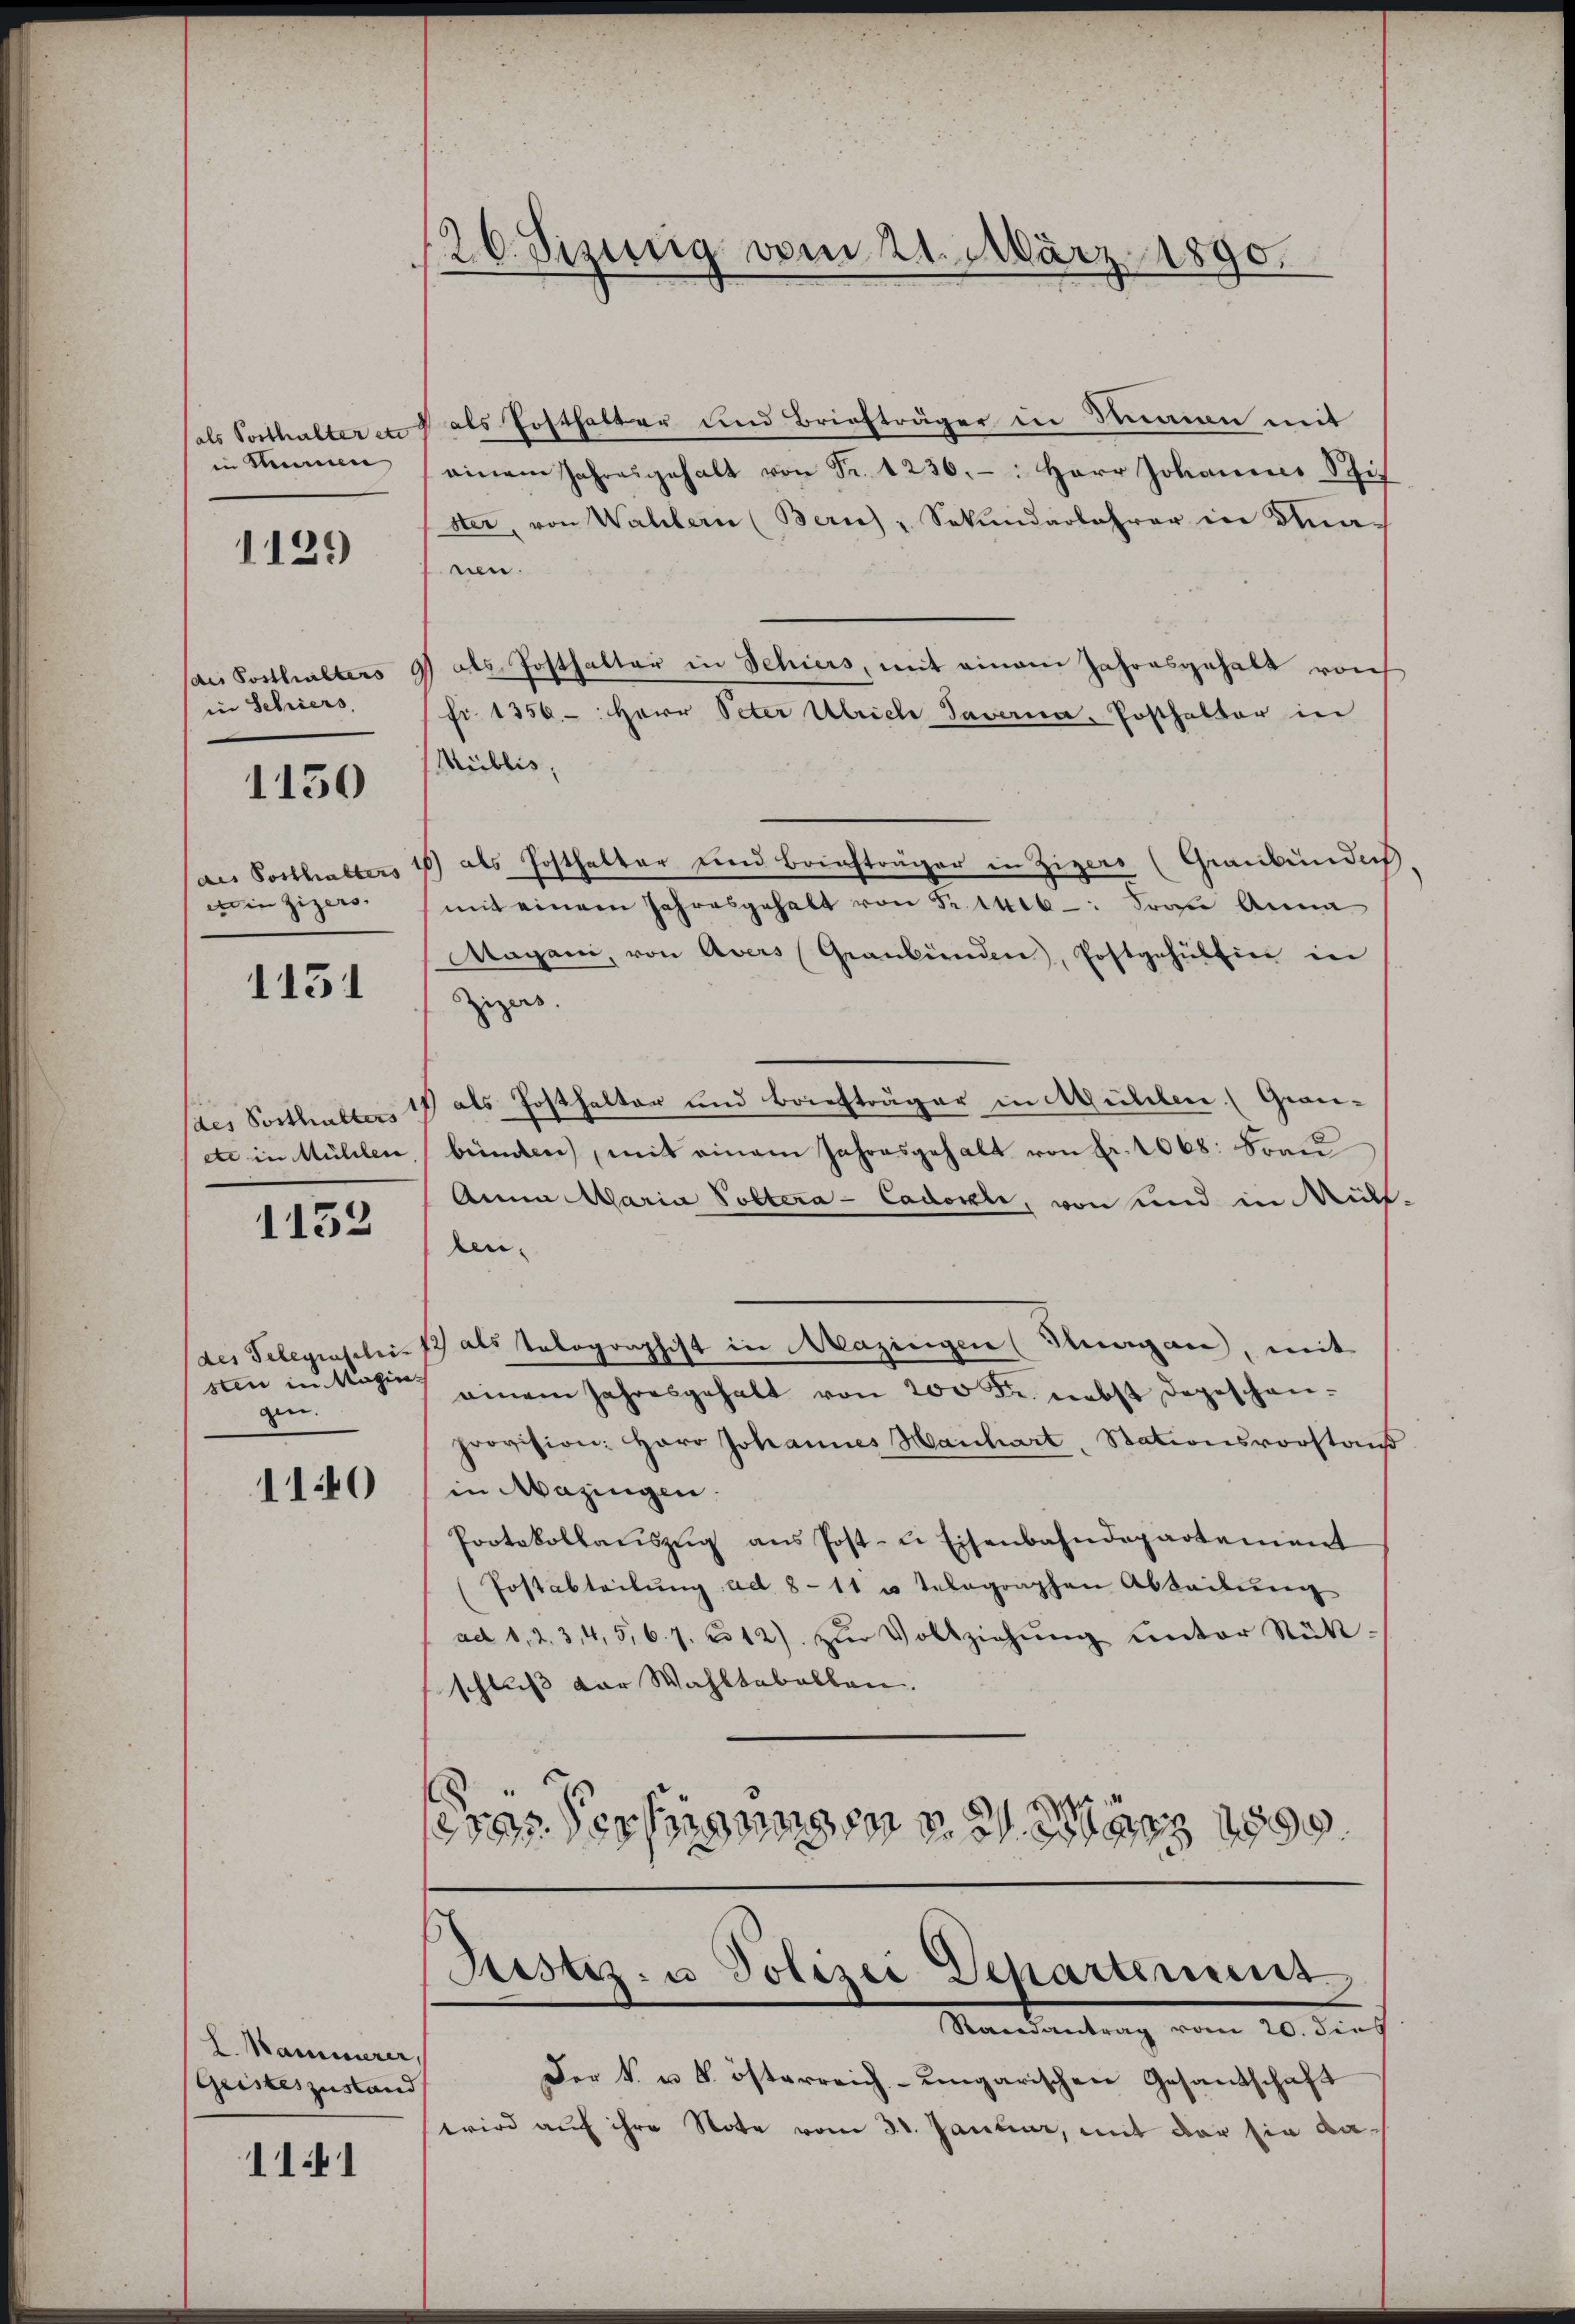
als Vorthalter en
in Sumen

1129

dis Posthalters
in Schiers,

1150

des Posthalters
einzigers.

1151

des Posthalters
etc in Mühlen

1152

sten in Magigen.

1140

L. Kammerer,
Geisteszustand

111

/26. Sizierig vom 21. März 1890.

als Posthalter und Briefträger in Simon mit
einem Jahresgehalt von Fr. 1236. -: Herr Johannes Stif
ster, von Wahlern (Bern) "Sekŭndarlehrer in Sanen.
4 als Posthalter in Schiers, mit einem Jahresgehalt vorh
fr. 1356- Herr Peter Ulrich Savaria Posthalter in
Miiblis,
) als Posthalter und Briefträger in Zizers (Graubünde
mit einem Jahresgehalt von Sr. Maib-: Frau Anna
Aagani, von Avers Graubünden, Postgehülfen in
Zizers.
1 als Posthalter und Briefträger in Mühlen (Granibünden, mit einem Jahresgehalt von Fr. 1068: Frau
Anna Maria Poltera-Cadokli, von und in Müh-
ten.
des Telegrasilii 17 als Telegraphist in Mazingen (Thurgau, mit
einem Jahresgehalt von 200 Fr. nebst dageschen-
provision: Herr Johannes Hanhart, Stationsvorstand
in Mazingen.
Protokollaŭszŭg ans Post- u Eisenbahndepartement
(Postabteilung ad 8-11 u telegraphen Abteilung
ad 1, 2. 34,5,67. 2312) zŭr Vollziehung unter Rück-
schluß vor Wahltabellen.
rer Verfügungen v. 31. März 1890.

Sistiz- u Polizei Departement
Randantrag vom 20. dies

Der k. u. 8. österreich-ungarischen Gesandschaft
wird auf ihre Note vom 31. Januar, mit der sie da-